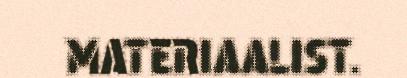
MATERIAALIST.